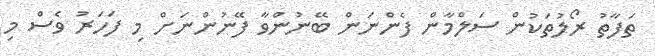
ތަފާތު ރޯލުތަކުން ސަލްމާން ފެންނަން ބޭނުންވާ ފޭނުންނަށް މި ފަހަރު ވެސް މި